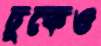
ঢুকেও